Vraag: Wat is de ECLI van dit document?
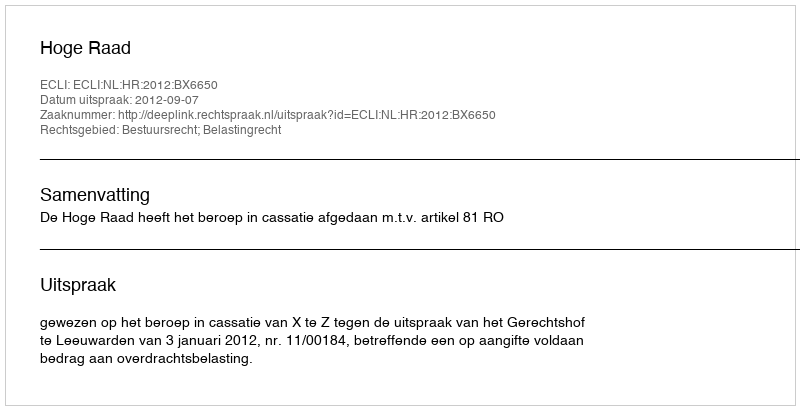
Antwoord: ECLI:NL:HR:2012:BX6650